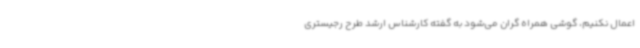
اعمال نکنیم، گوشی همراه گران می‌شود به گفته کارشناس ارشد طرح رجیستری